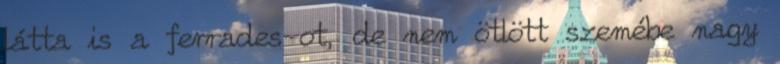
látta is a ferrades-ot, de nem ötlött szemébe nagy